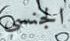
الجنسي